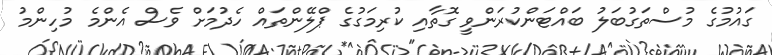
ގައުމުގެ މުސްތަގުބަލު ބައްޓަންކުރަންވީ ގޮތާއި ކުރިމަގުގެ ޕްލޭންތައް ހެދުމަށް ވެސް އެންމެ މުހިންމު